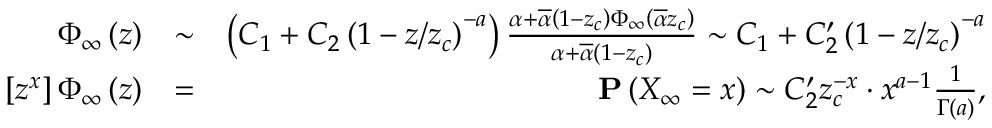
\begin{array} { r l r } { \Phi _ { \infty } \left( z \right) } & { \sim } & { \left( C _ { 1 } + C _ { 2 } \left( 1 - z / z _ { c } \right) ^ { - a } \right) \frac { \alpha + \overline { { \alpha } } \left( 1 - z _ { c } \right) \Phi _ { \infty } \left( \overline { { \alpha } } z _ { c } \right) } { \alpha + \overline { { \alpha } } \left( 1 - z _ { c } \right) } \sim C _ { 1 } + C _ { 2 } ^ { \prime } \left( 1 - z / z _ { c } \right) ^ { - a } } \\ { \left[ z ^ { x } \right] \Phi _ { \infty } \left( z \right) } & { = } & { { \bf P } \left( X _ { \infty } = x \right) \sim C _ { 2 } ^ { \prime } z _ { c } ^ { - x } \cdot x ^ { a - 1 } \frac { 1 } { \Gamma \left( a \right) } \mathrm { , } } \end{array}